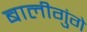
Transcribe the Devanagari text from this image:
बालीगुंगे